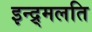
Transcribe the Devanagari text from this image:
इन्द्र्मलति